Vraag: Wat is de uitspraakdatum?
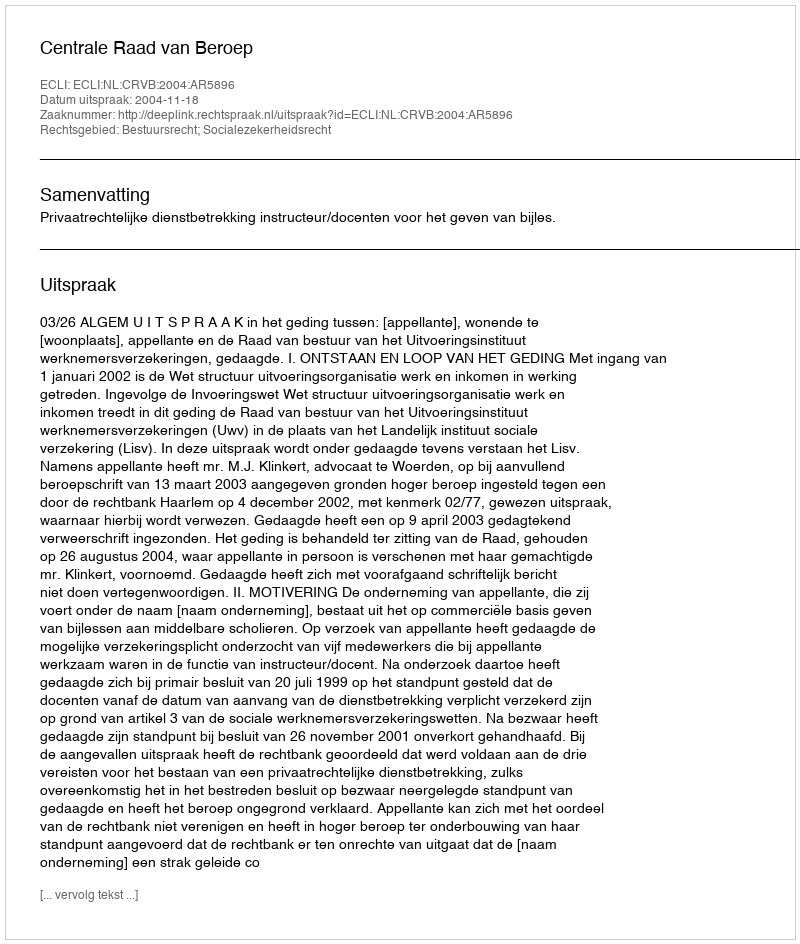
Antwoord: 2004-11-18